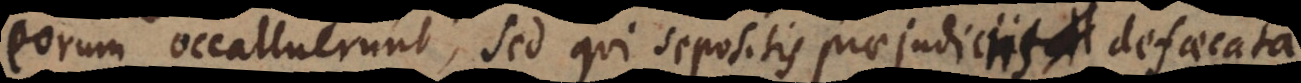
eorum occalluerunt, sed qui sepositis praejudic at‐